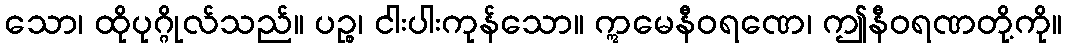
သော၊ ထိုပုဂ္ဂိုလ်သည်။ ပဉ္စ၊ ငါးပါးကုန်သော။ ဣမေနီဝရဏေ၊ ဤနီဝရဏတို့ကို။